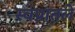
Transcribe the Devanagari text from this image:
स्वप्नातले